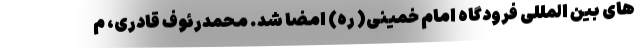
های بین المللی فرودگاه امام خمینی( ره) امضا شد. محمدرئوف قادری، م